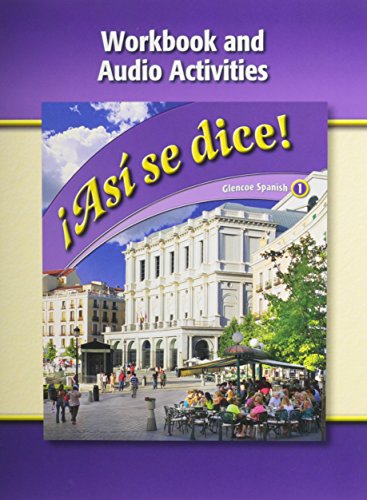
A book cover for Asi Se Dice, Level 1, Workbook and Audio Activities (Spanish Edition); McGraw-Hill/Glencoe; Teen & Young Adult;